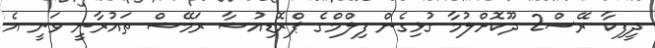
ދީފިކާ ރޭސް2 ދޫކޮށްލުމާ ގުޅިގެން ފިލްމްގެ ޕްރޮޑިއުޝާ ރަމޭޝް ތައުރާނީ ވަނީ އެ